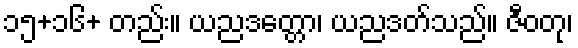
၁၅+၁၆+ တည်း။ ယညဒတ္တော၊ ယညဒတ်သည်။ ဇီဝတု၊